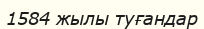
1584 жылы туғандар